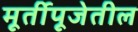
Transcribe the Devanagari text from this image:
मूर्तीपूजेतील